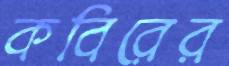
কবিরের